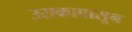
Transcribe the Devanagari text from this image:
उराकापासून